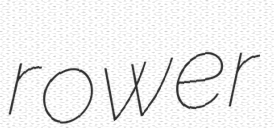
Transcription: rower